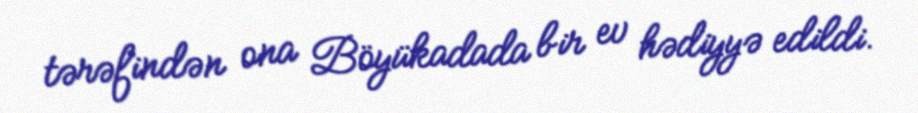
tərəfindən ona Böyükadada bir ev hədiyyə edildi.